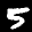
Label: 5